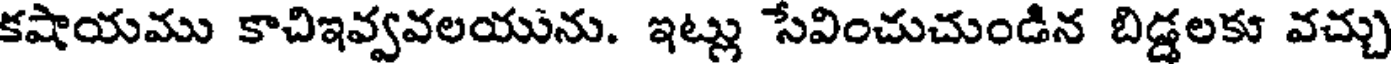
కషాయము కాచిఇవ్వవలయును. ఇట్లు సేవించుచుండిన బిడ్డలకు వచ్చు